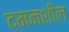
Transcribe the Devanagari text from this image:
दमनशील